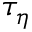
\tau _ { \eta }